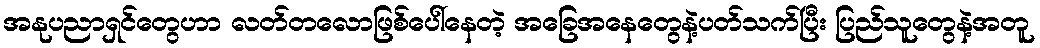
အနုပညာရှင်တွေဟာ လတ်တလောဖြစ်ပေါ်နေတဲ့ အခြေအနေတွေနဲ့ပတ်သက်ပြီး ပြည်သူတွေနဲ့အတူ